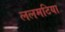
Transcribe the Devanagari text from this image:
ललमटिया